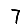
Digit: 7